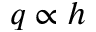
q \propto h